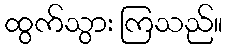
ထွက်သွား ကြသည်။